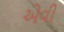
એવી